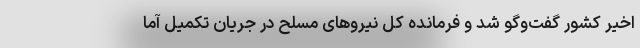
اخیر کشور گفت‌وگو شد و فرمانده کل نیروهای مسلح در جریان تکمیل آما